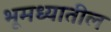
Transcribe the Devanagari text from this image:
भूमध्यातील